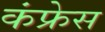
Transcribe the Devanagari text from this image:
कंफ्रेस